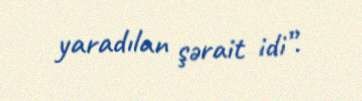
yaradılan şərait idi”.